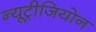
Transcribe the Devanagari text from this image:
न्यूट्रीजियोन